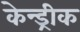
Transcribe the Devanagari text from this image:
केन्ड्रीक